Vaccination in Burma 1920-1933 - 1920-1933
Year: 1920
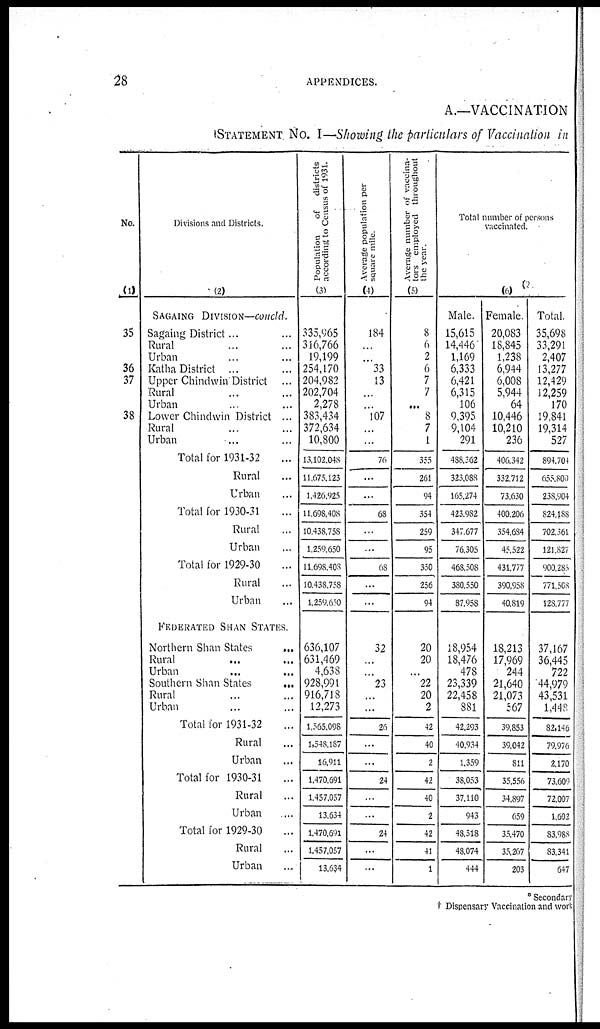
28
APPENDICES.
A.—VACCINATION
STATEMENT No. I—Showing the particulars of Vaccination in
No.
(1)
35
36
37
38
Divisions and Districts,
(2)
SAGAING DIVISION—concld.
Sagaing District...
Rural ... ...
Urban ... ...
Katha District... ...
Upper Chindwin District...
Rural ... ...
Urban ... ...
Lower Chindwin District ...
Rural ... ...
Urban ... ...
Total for 1931-32 ...
Rural ...
Urban ...
Total for 1930-31 ...
Rural ...
Urban ...
Total for 1929-30 ...
Rural ...
Urban ...
FEDERATED SHAN STATES.
Northern Shan States
...
Rural ... ...
Urban ... ...
Southern Shan States...
Rural ... ...
Urban ... ...
Total for 1931-32 ...
Rural ...
Urban ...
Total for 1930-31 ...
Rural ...
Urban ...
Total for 1929-30 ...
Rural ...
Urban ...
Population
of
districts
according to Census of 1931.
(3)
335,965
316,766
19,199
254,170
204,982
202,704
2,278
383,434
372,634
10,800
13,102,048
11,675,123
1,426,925
11,698,408
10,438,758
1,259,650
11,698,408
10,438,758
1,259,650
636,107
631,469
4,638
928,991
916,718
12,273
1,565,098
1,548,187
16,911
1,470,691
1,457,057
13,634
1,470,691
1,457,057
13,634
Average population per
square mile.
(4)
184
...
33
13
...
...
107
...
...
76
...
...
68
...
...
68
...
...
32
...
...
23
...
...
26
...
...
24
...
...
24
...
...
Average number of vaccina-
tors employed throughout
the year.
(5)
8
6
2
6
7
7
...
8
7
1
355
261
94
354
259
95
350
256
94
20
20
...
22
20
2
42
40
2
42
40
2
42
41
1
Total number of persons
vaccinated.
(6)
Male,
15,615
14,446
1,169
6,333
6,421
6,315
106
9,395
9,104
291
488,362
323,088
165,274
423,982
347,677
76,305
468,508
380,550
87,958
18,954
18,476
478
23,339
22,458
881
42,293
40,934
1,359
38,053
37,110
943
48,518
48,074
444
Female,
20,083
18,845
1,238
6,944
6,008
5,944
64
10,446
10,210
236
406,342
332,712
73,630
400,206
354,684
45,522
431,777
390,958
40,819
18,213
17,969
244
21,640
21,073
567
39,853
39,042
811
35,556
34,897
659
35,470
35,267
203
Total,
35,698
33,291
2,407
13,277
12,429
12,259
170
19,841
19,314
527
894,704
655,800
238,904
824,188
702,361
121,827
900,285
771,508
128,777
37,167
36,445
722
44,979
43,531
1,448
82,146
79,976
2,170
73,600
72,007
1,602
83,988
83,341
647
* Secondary
† Dispensary Vaccination and work